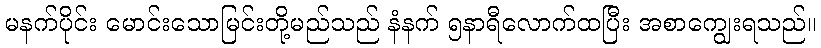
မနက်ပိုင်း မောင်းသောမြင်းတို့မည်သည် နံနက် ၅နာရီလောက်ထပြီး အစာကျွေးရသည်။